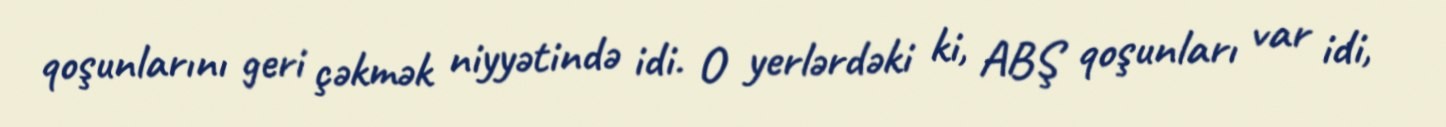
qoşunlarını geri çəkmək niyyətində idi. O yerlərdəki ki, ABŞ qoşunları var idi,